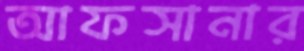
আফসানার